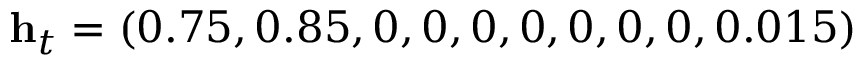
\mathbf { h } _ { t } = ( 0 . 7 5 , 0 . 8 5 , 0 , 0 , 0 , 0 , 0 , 0 , 0 , 0 . 0 1 5 )